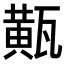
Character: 𤮏